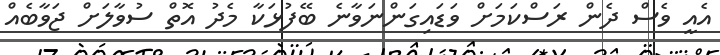
އެއީ ވެސް ދެން ރަސްކަމަށް ވަޑައިގަންނަވާނެ ބޭފުޅަކާ މެދު އޮތް ސުވާލަށް ޖަވާބެއް